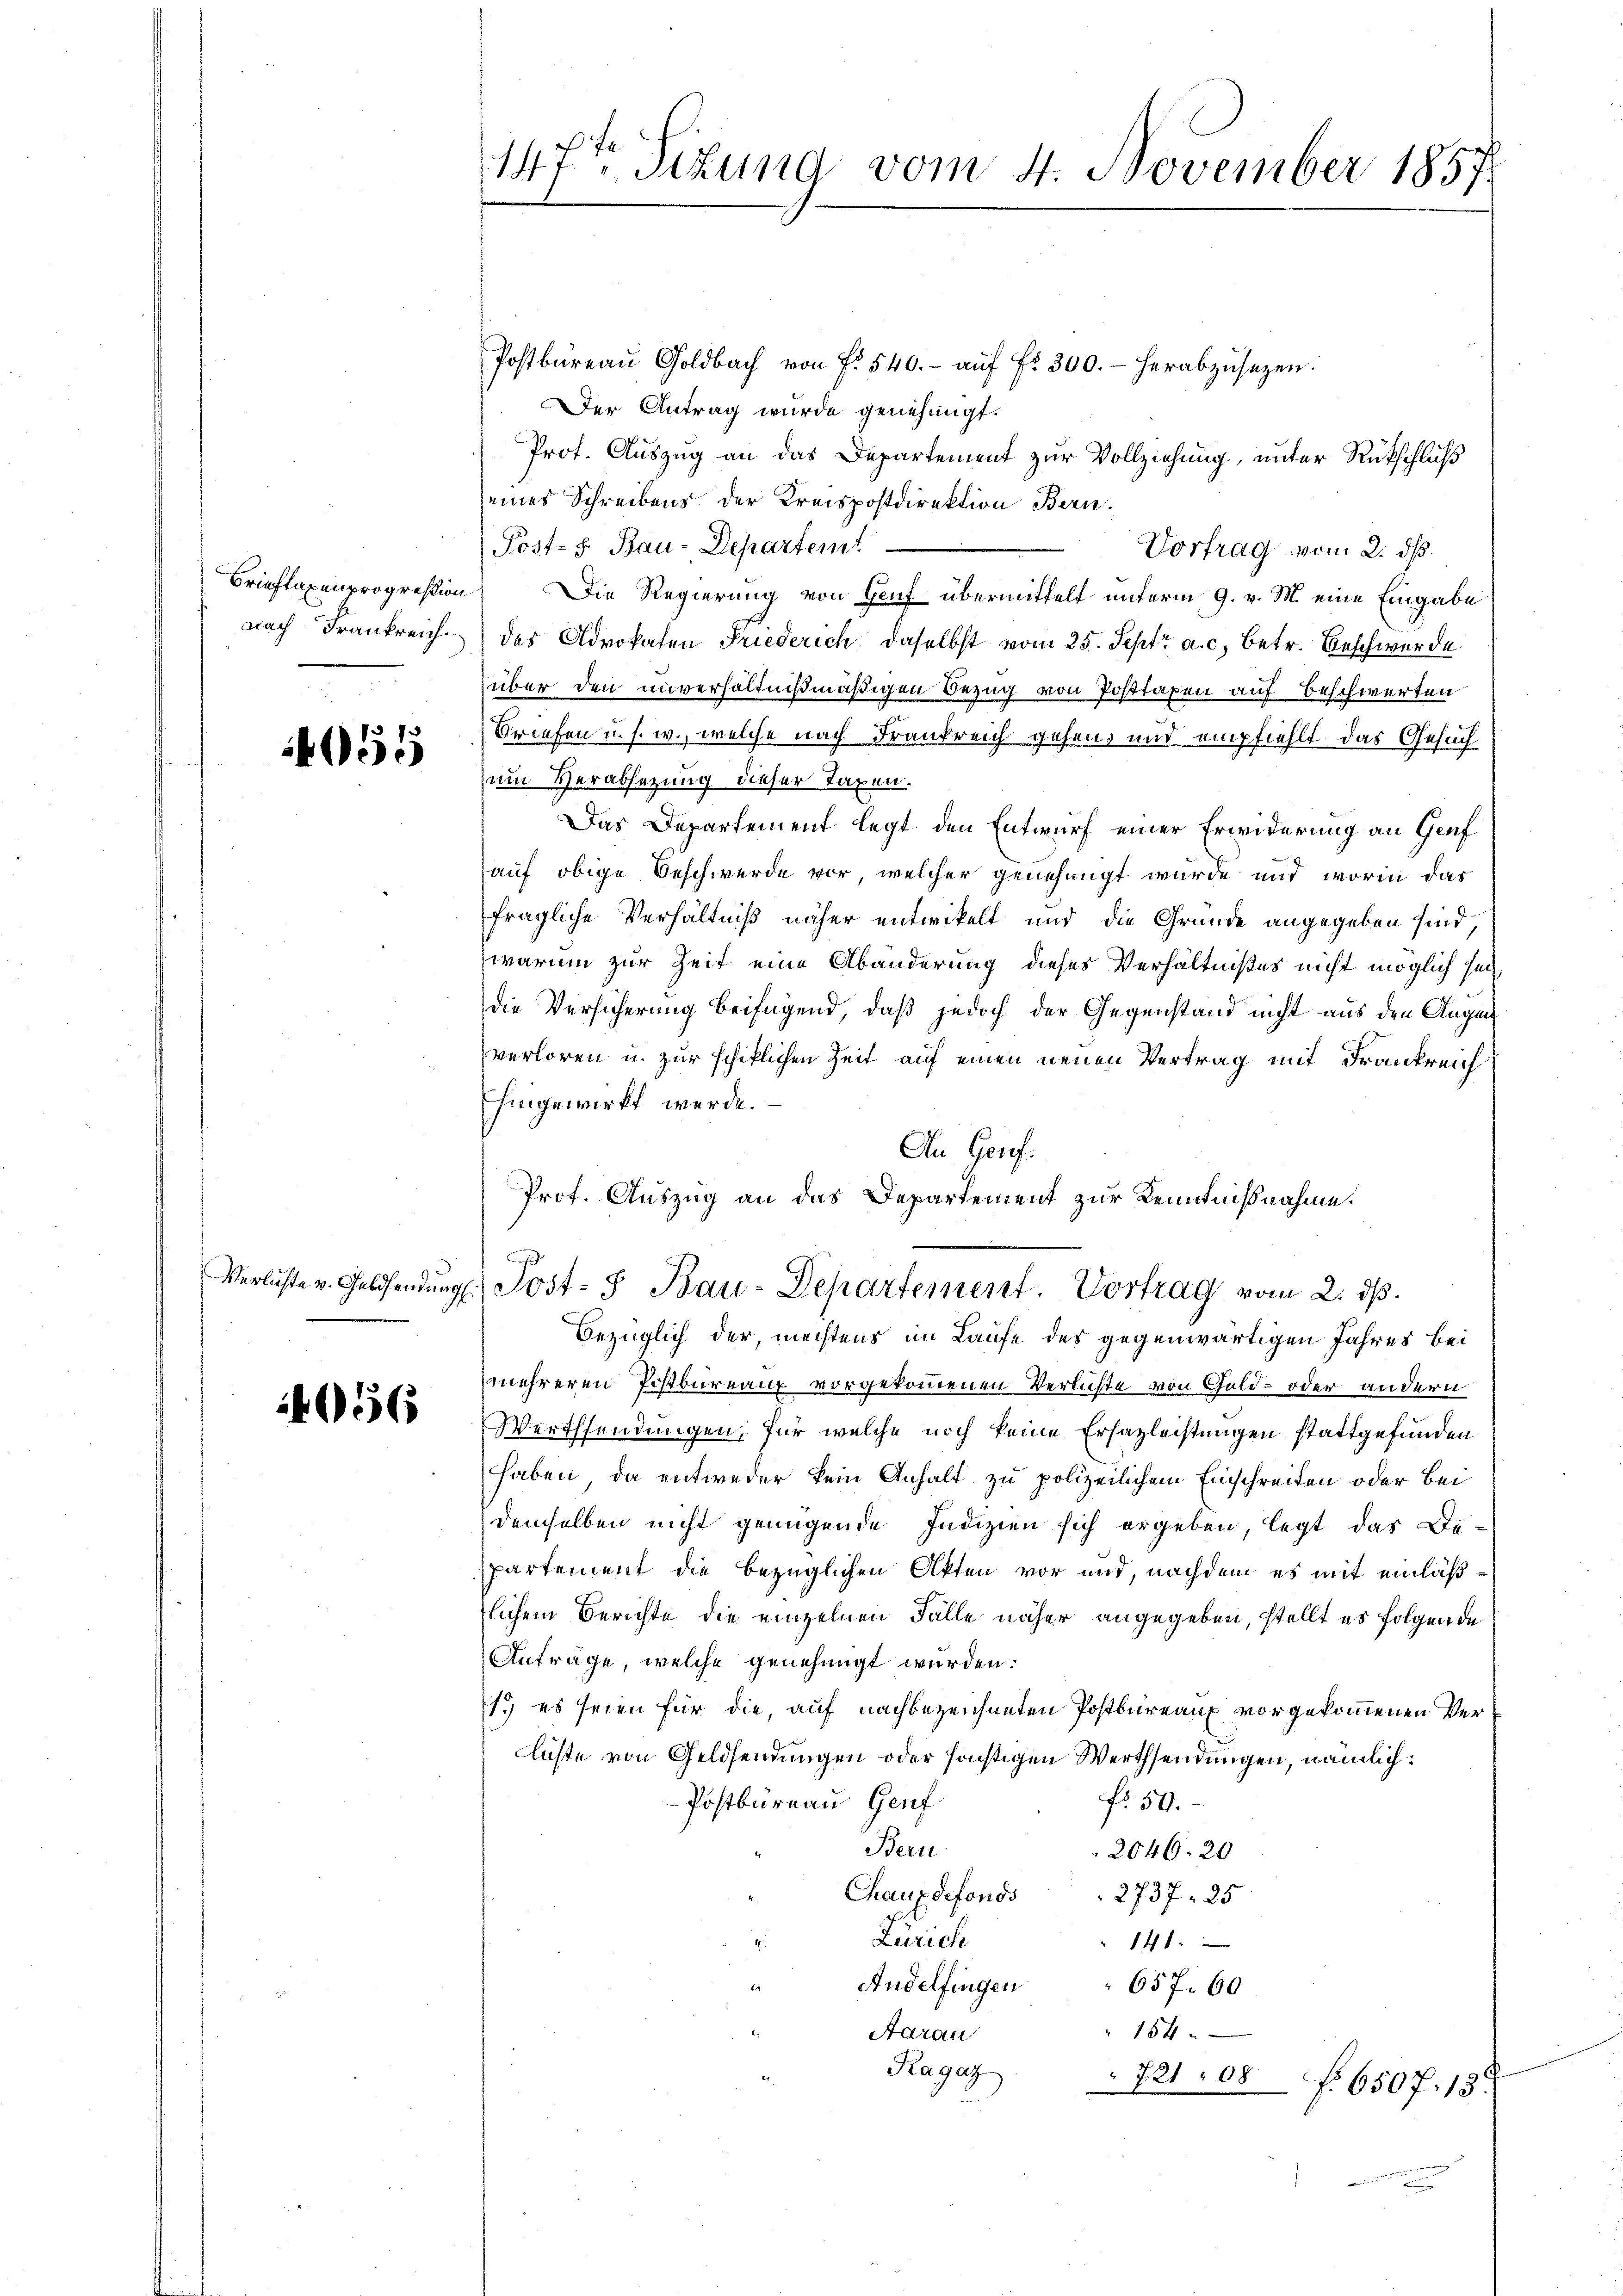
055

4056

147ten Sitzung vom 4. November 1857

Postbüreaŭ Goldbach von f. 540.- aŭf fr. 300.- herabzusagen.
Der Antrag wurde genehmigt.
Prof. Auszug an das Departement zur Vollziehung, unter Rückschluß
seines Schreibens der Kreispostdirektion Bern.
Post- 8. Bau-Departem
Vortrag vom 2. ds.
Brieftaxenpropression. Die Regierung von Genf übermittelt unterm 9. v. M. eine Eingabe
nach Frankreich des Advokaten Friederich daselbst vom 25. Septr a. c. betr. Beschwerde
über den unverhältnißmäßigen Bezug von Posttaxen auf Beschwerten
Briefen u. s. w., welche nach Frankreich gehens und empfiehlt das Gesuch
zum Verabsetzung dieser Taxen.
Das Departement legt den Entwurf einer Erwiderung an Genf
auf obige Beschwerde vor, welcher genehmigt wurde und worin das
fragliche Verhältniß näher entwickelt und die Grunde angegeben sind
warum zur Zeit eine Abänderung dieses Verhältnißes nicht möglich sei,
die Versicherung beifügend, daß jedoch der Gegenstand nicht aus den Augen
verloren u. zur schiklichen Zeit auf einen neuen Vertrag mit Frankreich
Ehingewirkt werde.
An Genf.
Prof. Auszug an das Departement zur Kenntnißnahme.
d
Verluste v. Geldsendŭng. Post- & Bau-Departement. Vortrag vom 2. dβ.
Bezüglich der, mechtens im Laufe des gegenwärtigen Jahres bei
mehreren Postbureaux vorgekommenen Verlichte von Gold- oder andern
Werthsendungen, für welche noch keine Erhazleistungen stattgefunden
haben, da entweder kein Anhalt zu polizeilichem Einschreiten oder bei
demselben nicht genügende Indizien sich ergeben, legt das De-
partement die bezüglichen Akten vor und, nachdem es mit einläßlichem Berichte die einzelnen Fälle näher angegeben, stellt es folgende
Anträge, welche genehmigt wurden.
1) es seien für die, auf nachbezeichneten Postbureaux vorgekommenen Verliste von Geldsendungen oder sonstigen Werthsendungen, nämlich:
No 59.
Postbüreau Genf
Bern
2046. 20
Chaux de fonds               2737. 25
Zürich
141.
Andelfingen
657. 60
Aarau
154
Ragaz
72108 f. 6507. 13.